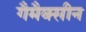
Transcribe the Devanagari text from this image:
गैमैक्सीन